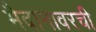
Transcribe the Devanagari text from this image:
मैदानावरची